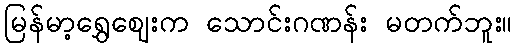
မြန်မာ့ရွှေဈေးက သောင်းဂဏန်း မတက်ဘူး။